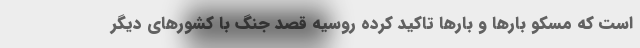
است که مسکو بارها و بارها تاکید کرده روسیه قصد جنگ با کشورهای دیگر